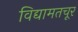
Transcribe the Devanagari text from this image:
विद्यामतचूर